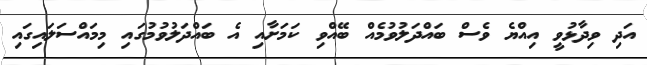
އަދި ވިދާޅުވީ އިއްޔެ ވެސް ބައްދަލުވުމެއް ބޭއްވި ކަމަށާއި އެ ބައްދަލުވުމުގައި މިމައްސަލައިގައި